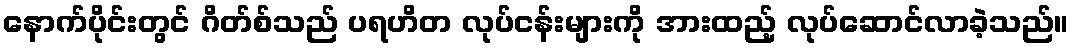
နောက်ပိုင်းတွင် ဂိတ်စ်သည် ပရဟိတ လုပ်ငန်းများကို အားထည့် လုပ်ဆောင်လာခဲ့သည်။